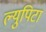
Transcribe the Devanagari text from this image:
ल्युपिटा